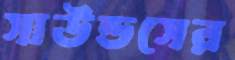
সাউন্ডসের